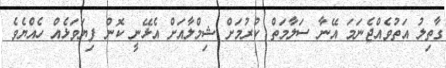
ގާތިލު އަތުވެއްޖެނަމަ އޭނާ ސަލާމަތް ކުރުމަށް ޝިމްލާއަށް އެޅޭނީ ކޮން ފިޔަވަޅެއް ހެއްޔެވެ